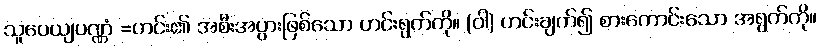
သူပေယျပဏ္ဏံ =ဟင်း၏ အစီးအပွားဖြစ်သော ဟင်းရွက်ကို။ (ဝါ) ဟင်းချက်၍ စားကောင်းသော အရွက်ကို။